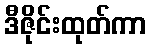
ဒီဇိုင်းထုတ်ကာ